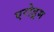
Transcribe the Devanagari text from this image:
एरोड्रम